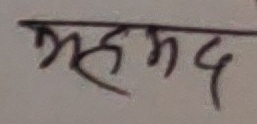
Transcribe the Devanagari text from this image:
मुहमद